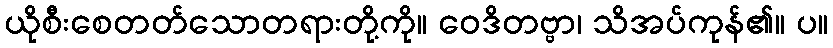
ယိုစီးစေတတ်သောတရားတို့ကို။ ဝေဒိတဗ္ဗာ၊ သိအပ်ကုန်၏။ ပ။